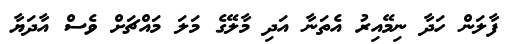
ފާލަން ހަދާ ނިމޭއިރު އެތަނާ އަދި މާލޭގެ މަލަ މައްޗަށް ވެސް އާދަޔާ